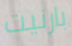
بارنيت